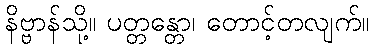
နိဗ္ဗာန်သို့။ ပတ္တန္တော၊ တောင့်တလျက်။